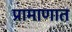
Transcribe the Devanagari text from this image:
प्रामाणात